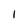
Character: l